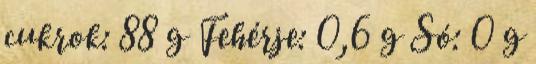
cukrok: 88 g Fehérje: 0,6 g Só: 0 g